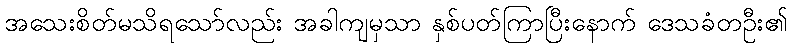
အသေးစိတ်မသိရသော်လည်း အခါကျမှသာ နှစ်ပတ်ကြာပြီးနောက် ဒေသခံတဦး၏